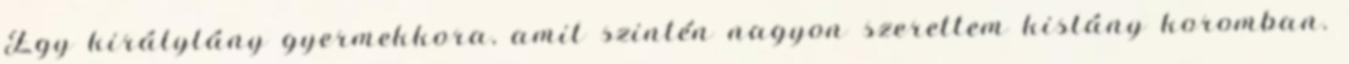
Egy királylány gyermekkora, amit szintén nagyon szerettem kislány koromban.